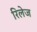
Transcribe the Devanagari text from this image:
रिलेज